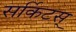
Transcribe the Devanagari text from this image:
सर्किटस्